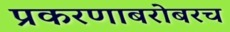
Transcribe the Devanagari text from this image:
प्रकरणाबरोबरच